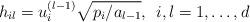
LaTeX: \begin{align*}h_{il}=u^{(l-1)}_i\sqrt{p_i/a_{l-1}},\>\>i,l=1,\ldots,d\end{align*}